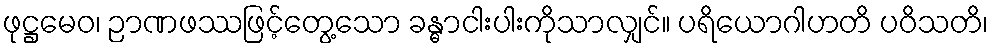
ဖုဋ္ဌမေဝ၊ ဉာဏဖဿဖြင့်တွေ့သော ခန္ဓာငါးပါးကိုသာလျှင်။ ပရိယောဂါဟတိ ပဝိသတိ၊